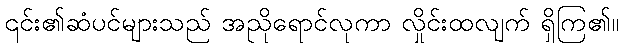
၎င်း၏ဆံပင်များသည် အညိုရောင်လုကာ လှိုင်းထလျက် ရှိကြ၏။